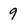
Character: 9